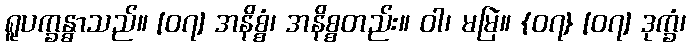
ရူပက္ခန္ဓာသည်။ [၀၇] အနိစ္စံ၊ အနိစ္စတည်း။ ဝါ၊ မမြဲ။ {၀၇} [၀၇] ဒုက္ခံ၊